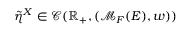
\tilde { \eta } ^ { X } \in \mathcal { C } ( \mathbb { R } _ { + } , ( \mathcal { M } _ { F } ( E ) , w ) )